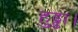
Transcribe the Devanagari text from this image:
हुड्डा।